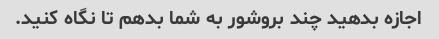
اجازه بدهید چند بروشور به شما بدهم تا نگاه کنید.